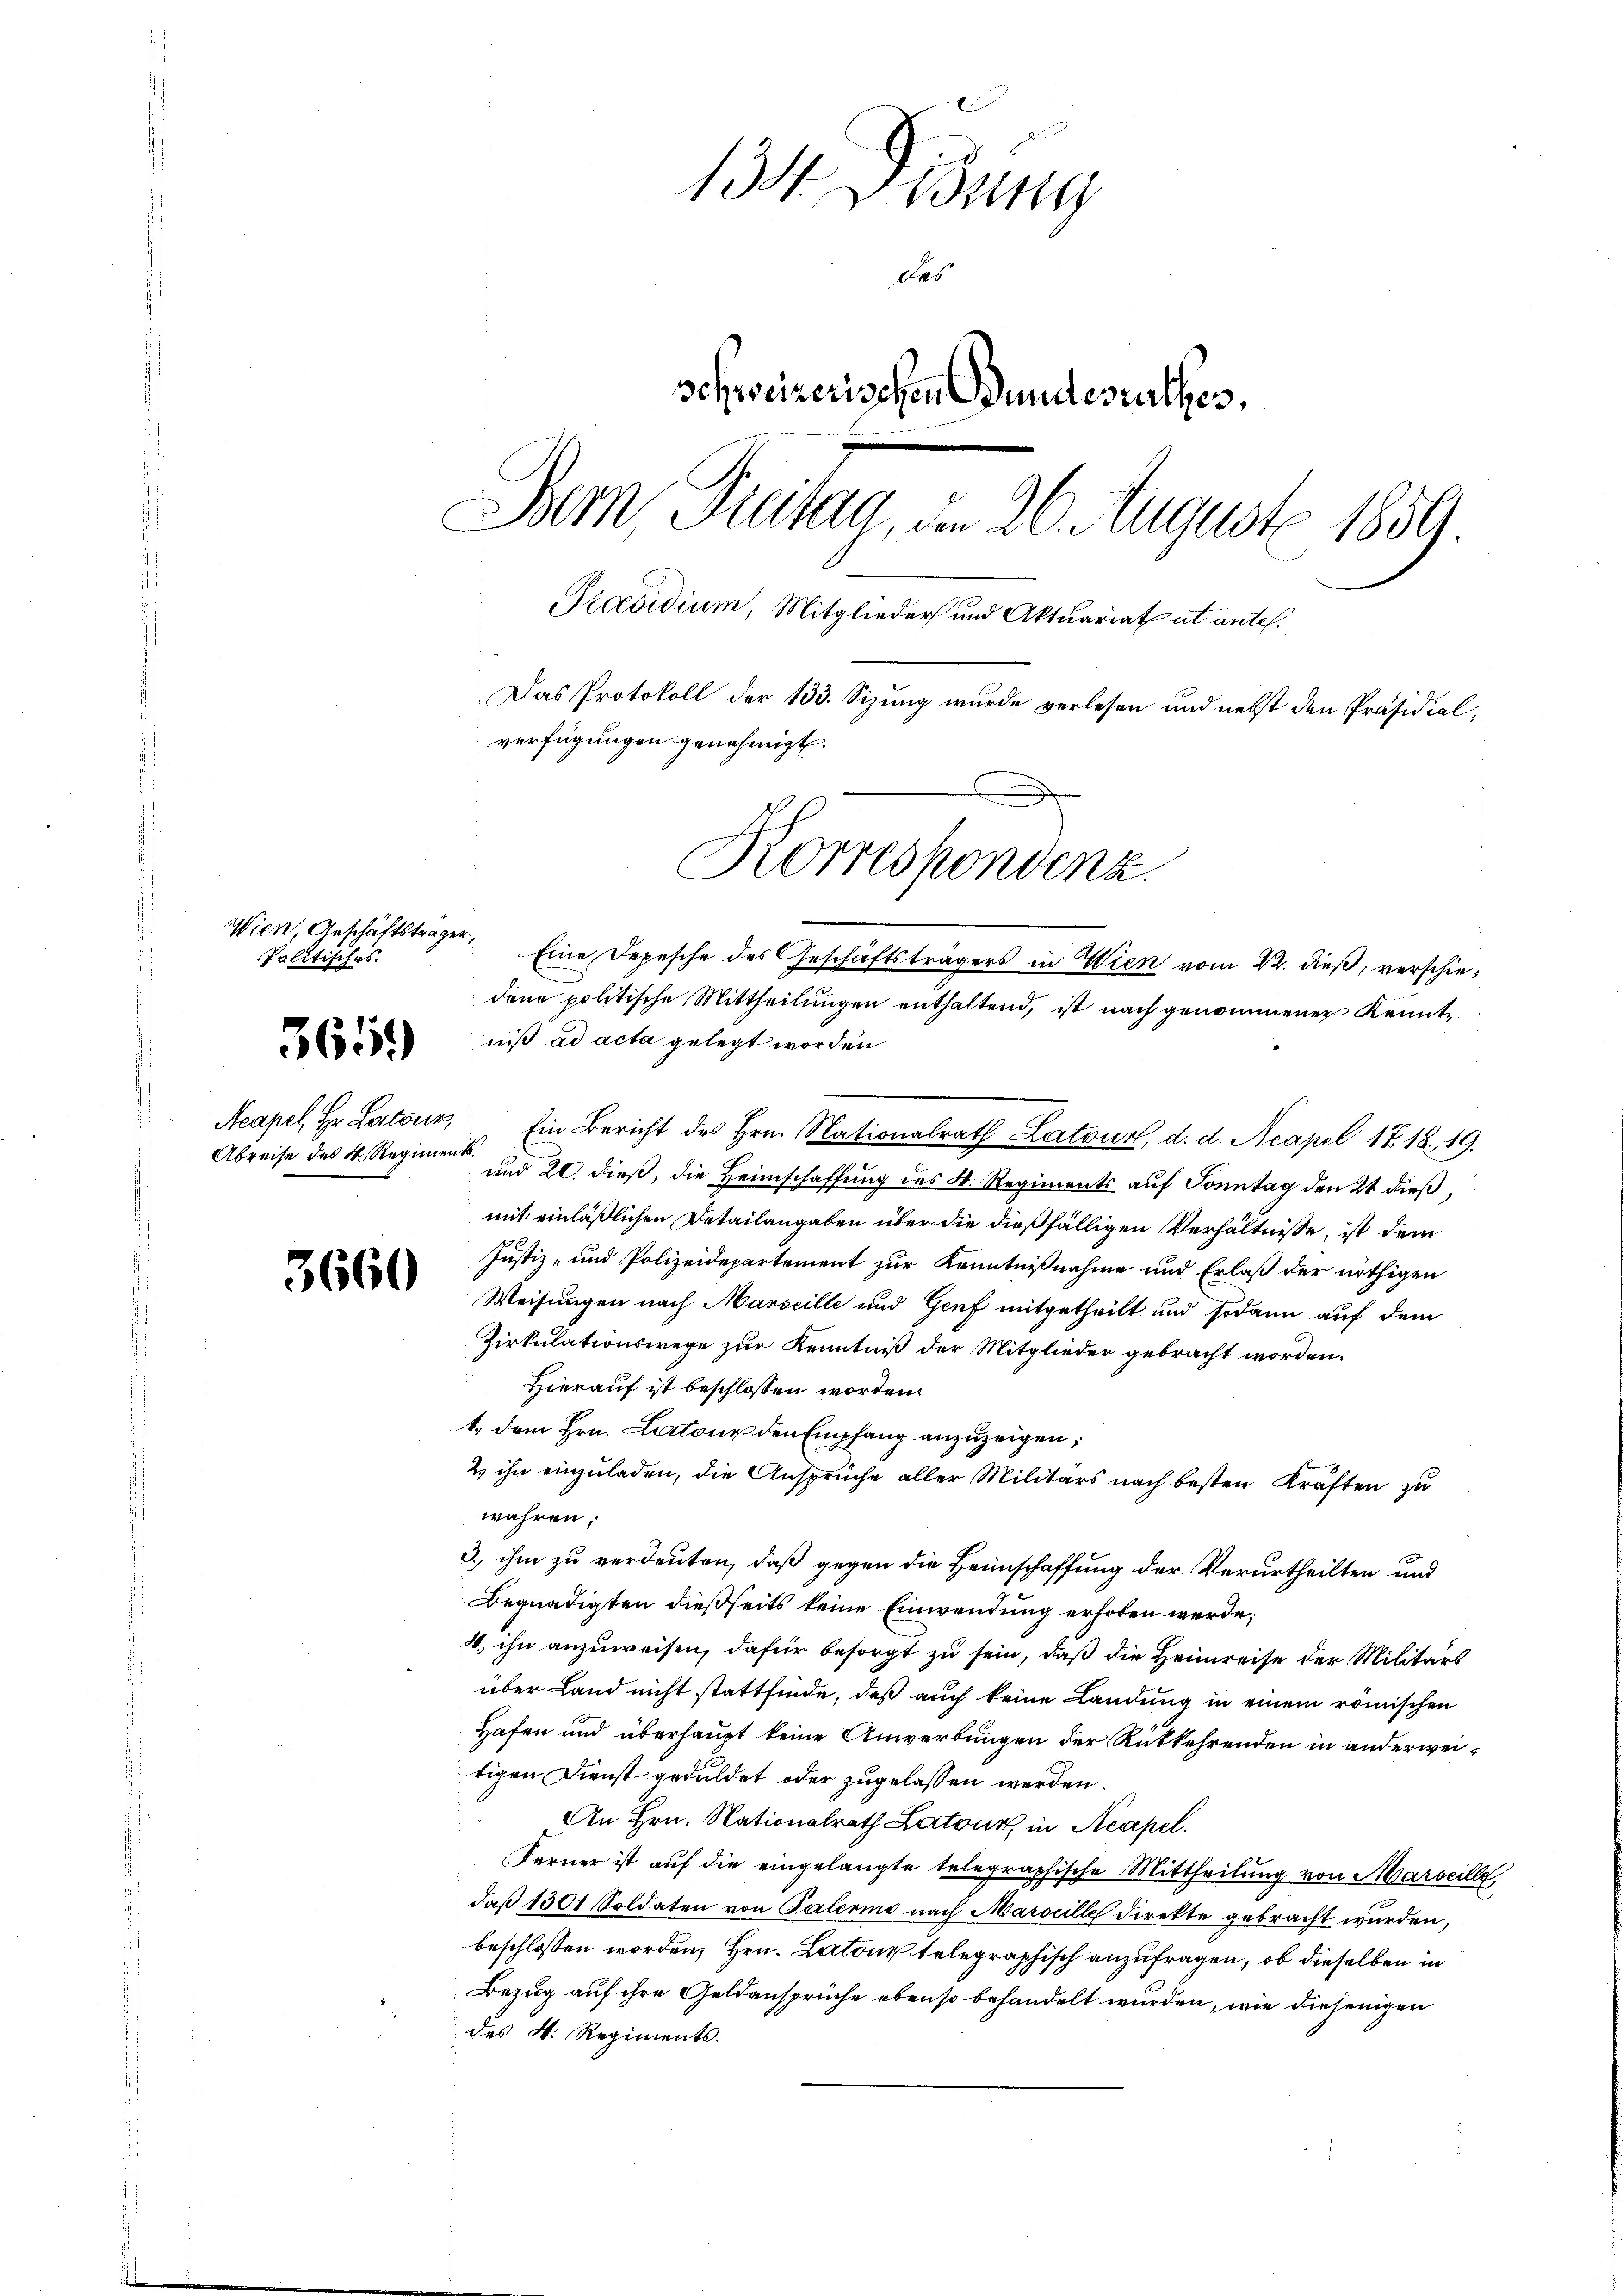
Wien, Geschäftsträger,
Politisches.

3659)

3660

134. Disung
Des
schweizerischen Bundesrathes,
Bern Freitag, am 26. August 1859.
Präsidium, Mitglieder und Aktuariat ut antel.
Das Protokoll der 133. Sizung wurde verlesen und nebst den Präsidialverfügungen genehmigt.
Korrespondenz.

Abreise des N. Regiments.

Eine Depesche des Geschäftsträgers in Wien vom 22. dieß, verschiedene politische Mittheilŭngen enthaltend, ist nach genommener Kennte
niß ad acta gelegt worden
Acapel, Hr. Lateur, Ein Bericht des Hrn. Nationalrath Latour, d. d. Acapel 1718. 19.
und 20. dieß, die Heimschaffung des K. Regiments auf Sonntag den 2t dieß,
mit einläßlichen Detailangaben über die dießfälligen Verhältnisse, ist dem
Justiz- und Polizeidepartement zur Kenntnißnahme und Erlaß der nöthigen
Weisungen nach Marseille und Genf mitgetheilt und sodann auf dem
Zirkulationswege zur Kenntniß der Mitglieder gebracht worden.
Hierauf ist beschlossen worden.
t. dem Hrn. Latone den Empfang anzuzeigen,
2 ihn einzuladen, die Ansprüche aller Militärs nach besten Kräften zu
wahren;
3. ihm zu verdeuten, daß gegen die Heimschaffung der Verurtheilten und
Begnadigten dießseits keine Einwendung erhoben werde;
4. ihn anzuweisen, dafür besorgt zu sein, daß die Heimreise der Militärs
über Land nicht stattfinde, daß auch keine Landung in einem römischen
Hafen und überhaupt keine Anwerbungen der Rükkehrenden in anderweitigen Dienst geduldet oder zugelassen werden.
An Hrn. Nationalrath Latour, in Acapel.
Ferner ist auf die eingelangte telegraphische Mittheilung von Marseille,
daß 1301 Soldaten von Palermo nach Marseilles Direkte gebracht wurden,
beschlossen worden, Hrn. Latour telegraphisch anzufragen, ob dieselben in
Bezug auf ihre Geldansprüche ebenso behandelt wurden, wie diejenigen
des V. Regiments.